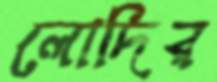
লোদির